DOW-UAP-D48, Department of the Air Force Report, 1996
Agency: Department of War
Incident date: 9/10/96
Page 100
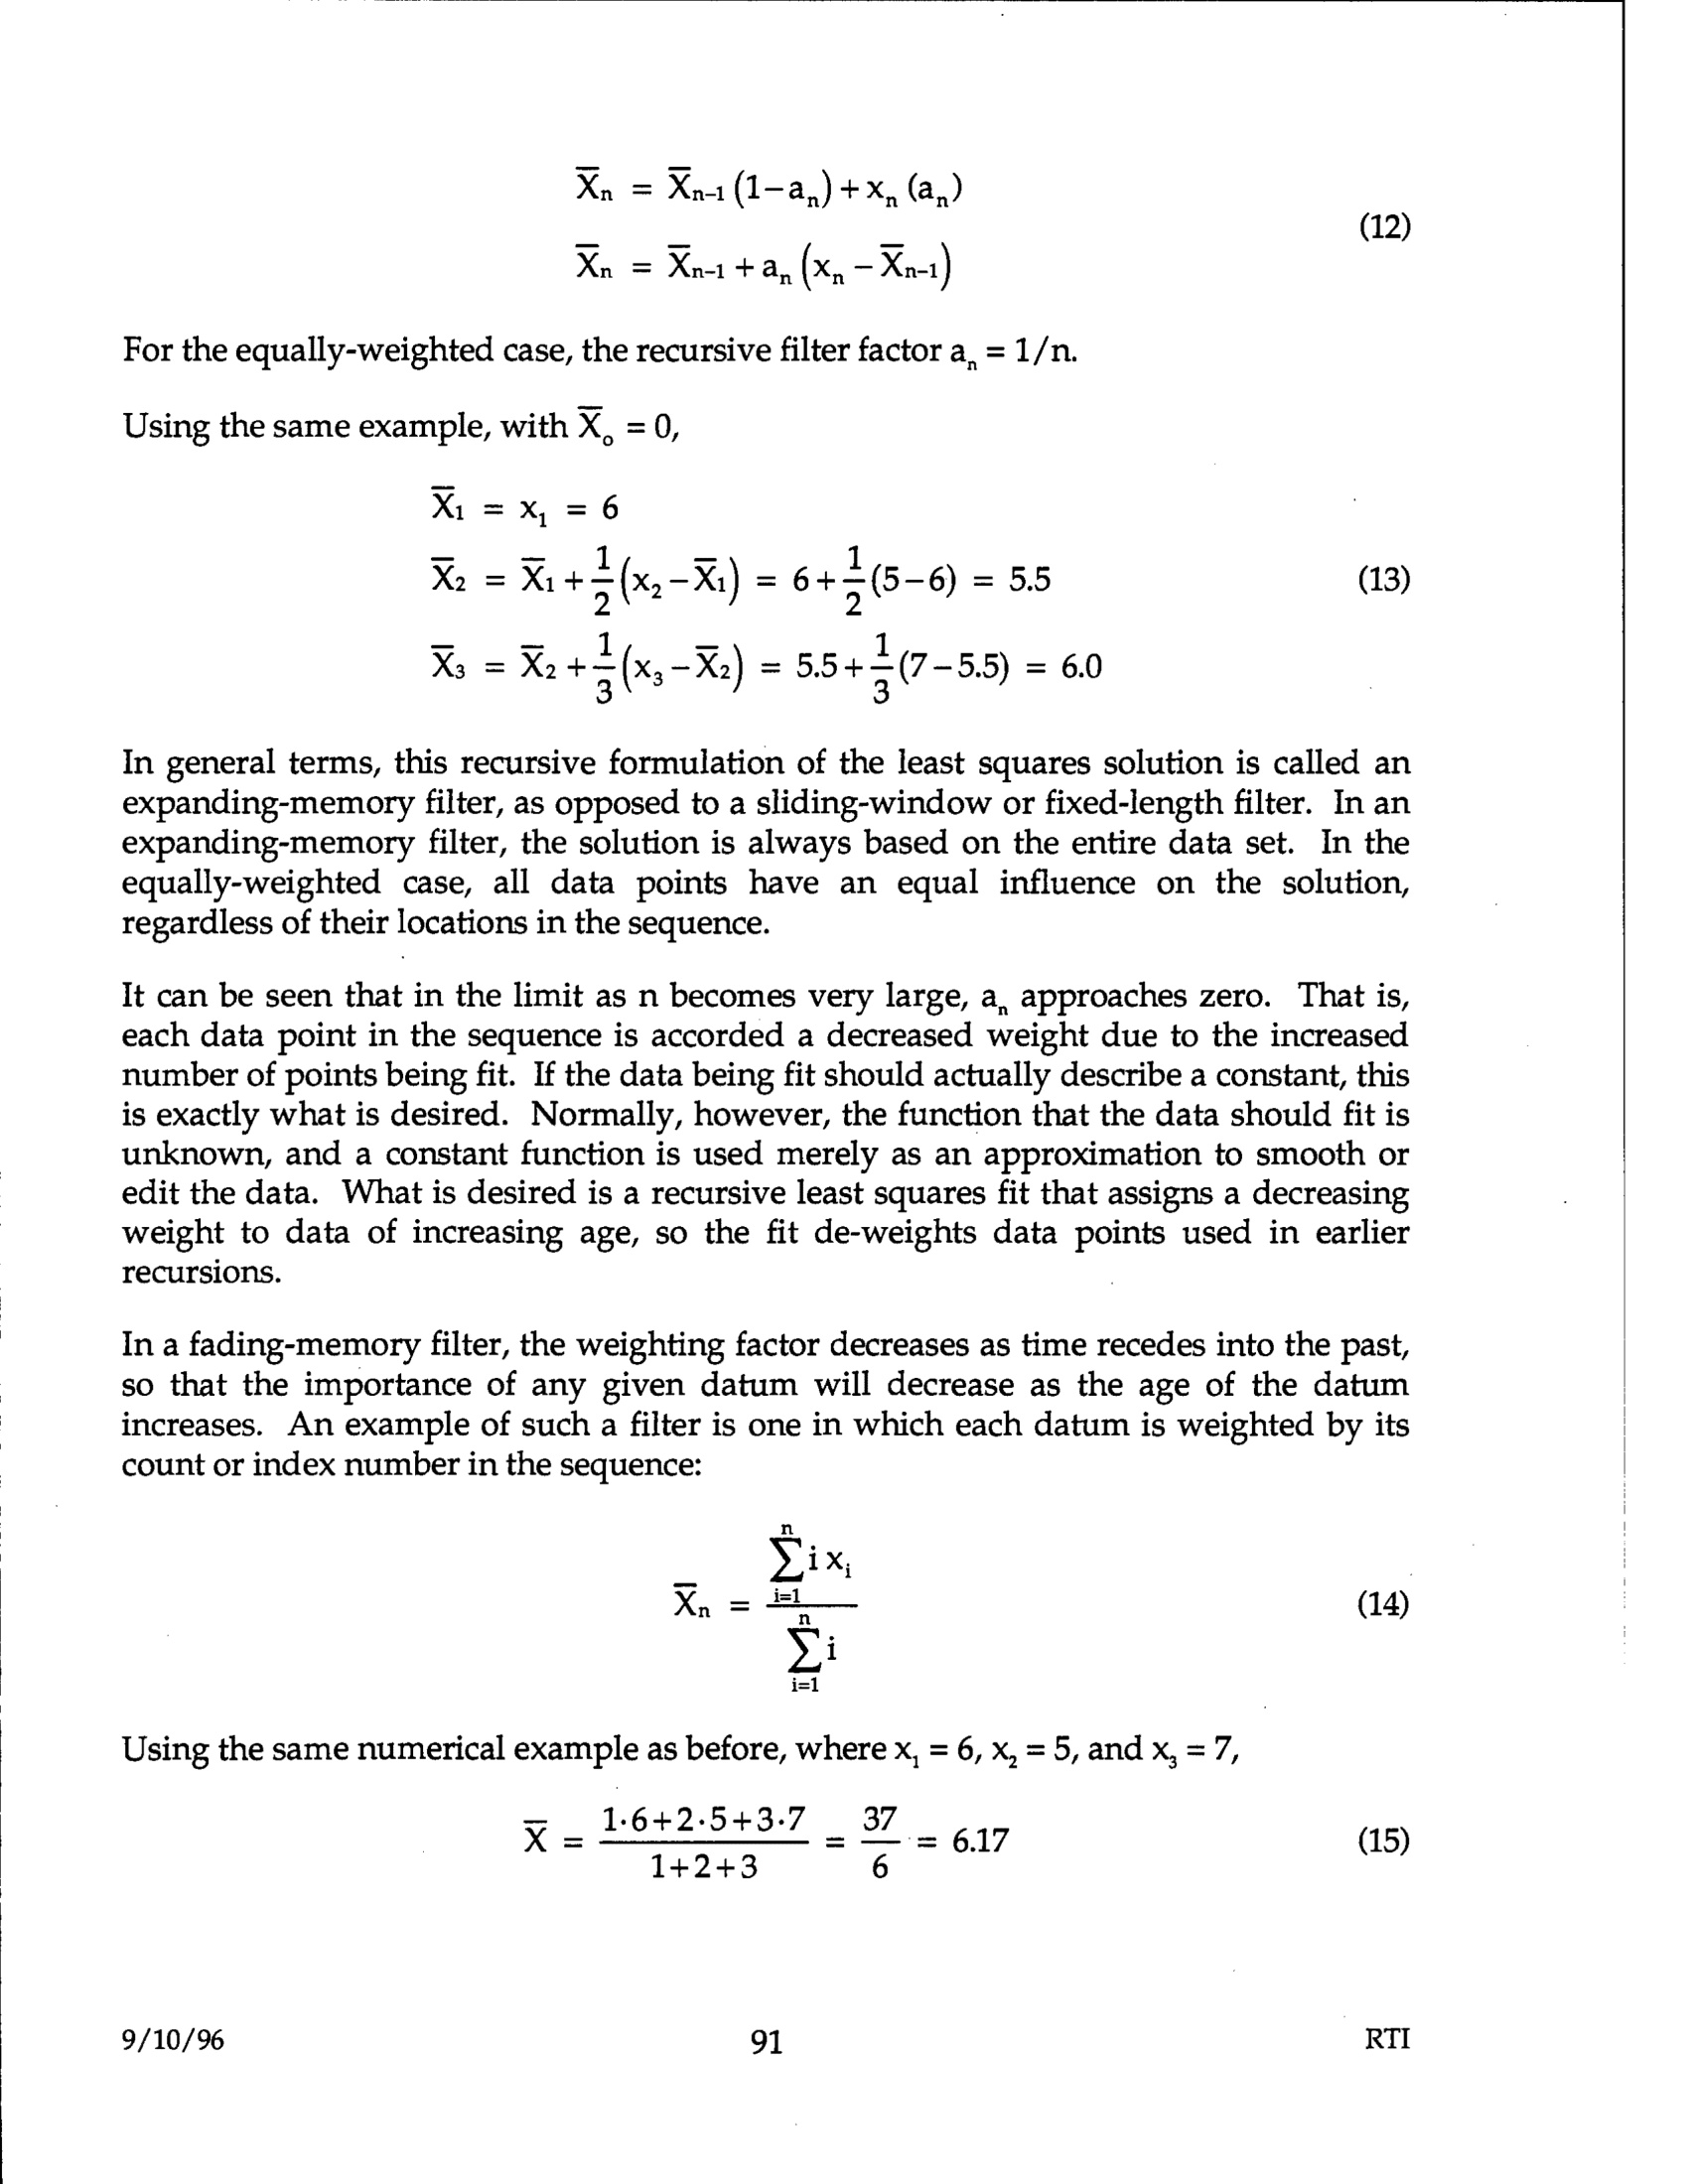